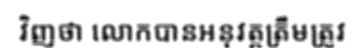
វិញថា លោកបានអនុវត្តត្រឹមត្រូវ